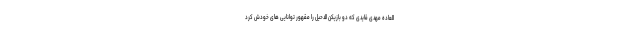
العاده مهدی قایدی که دو بازیکن الدحیل را مقهور توانایی های خودش کرد